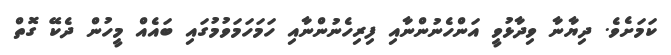
ކަމަށެވެ. ދިޔާނާ ވިދާޅުވީ އަންހެނުންނާއި ފިރިހެނުންނާއި ހަމަހަމަވުމުގައި ބައެއް މީހުން ދެކޭ ގޮތް